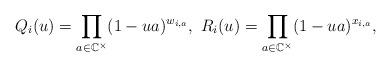
LaTeX: \begin{align*}Q_i(u) = \prod_{a\in \mathbb{C}^{\times}} (1-ua)^{w_{i, a}}, \ R_{i}(u)=\prod_{a\in \mathbb{C}^{\times}}(1-ua)^{x_{i, a}}, \end{align*}